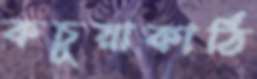
কচুয়াকাঠি